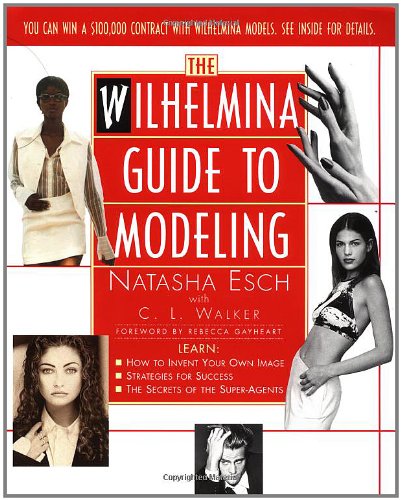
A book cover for Wilhelmina Guide to Modeling; Natasha Esch; Arts & Photography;